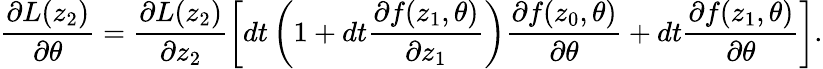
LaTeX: \frac{\partial L(z_{2})}{\partial\theta}=\frac{\partial L(z_{2})}{\partial z_{2}}\left[dt\left(1+dt\frac{\partial f(z_{1},\theta)}{\partial z_{1}}\right)\frac{\partial f(z_{0},\theta)}{\partial\theta}+dt\frac{\partial f(z_{1},\theta)}{\partial\theta}\right].